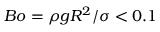
B o = \rho g R ^ { 2 } / \sigma < 0 . 1